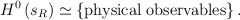
\begin{align*}H^{0}\left( s_{R}\right) \simeq \left\{ {\rm physical\;observables}\right\} .\end{align*}